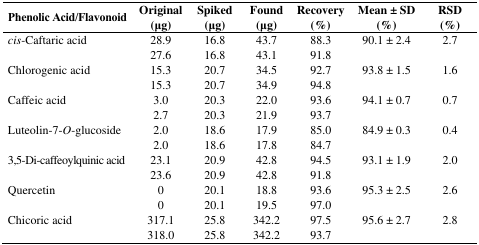
| Phenolic Acid/Flavonoid | Original (μg) | Spiked (μg) | Found (μg) | Recovery (%) | Mean ± SD (%) | RSD (%) |
 | --- | --- | --- | --- | --- | --- | --- |
 | cis-Caftaric acid | 28.9 | 16.8 | 43.7 | 88.3 | 90.1 ± 2.4 | 2.7 |
 |  | 27.6 | 16.8 | 43.1 | 91.8 |  |  |
 | Chlorogenic acid | 15.3 | 20.7 | 34.5 | 92.7 | 93.8 ± 1.5 | 1.6 |
 |  | 15.3 | 20.7 | 34.9 | 94.8 |  |  |
 | Caffeic acid | 3.0 | 20.3 | 22.0 | 93.6 | 94.1 ± 0.7 | 0.7 |
 |  | 2.7 | 20.3 | 21.9 | 93.7 |  |  |
 | Luteolin-7-O-glucoside | 2.0 | 18.6 | 17.9 | 85.0 | 84.9 ± 0.3 | 0.4 |
 |  | 2.0 | 18.6 | 17.8 | 84.7 |  |  |
 | 3,5-Di-caffeoylquinic acid | 23.1 | 20.9 | 42.8 | 94.5 | 93.1 ± 1.9 | 2.0 |
 |  | 23.6 | 20.9 | 42.8 | 91.8 |  |  |
 | Quercetin | 0 | 20.1 | 18.8 | 93.6 | 95.3 ± 2.5 | 2.6 |
 |  | 0 | 20.1 | 19.5 | 97.0 |  |  |
 | Chicoric acid | 317.1 | 25.8 | 342.2 | 97.5 | 95.6 ± 2.7 | 2.8 |
 |  | 318.0 | 25.8 | 342.2 | 93.7 |  |  |